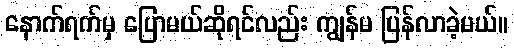
နောက်ရက်မှ ပြောမယ်ဆိုရင်လည်း ကျွန်မ ပြန်လာခဲ့မယ်။